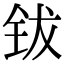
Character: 钹